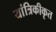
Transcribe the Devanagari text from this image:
यांत्रिकीकृत